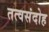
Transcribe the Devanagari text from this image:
तत्वसंदोह